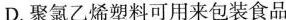
D.聚氯乙烯塑料可用来包装食品